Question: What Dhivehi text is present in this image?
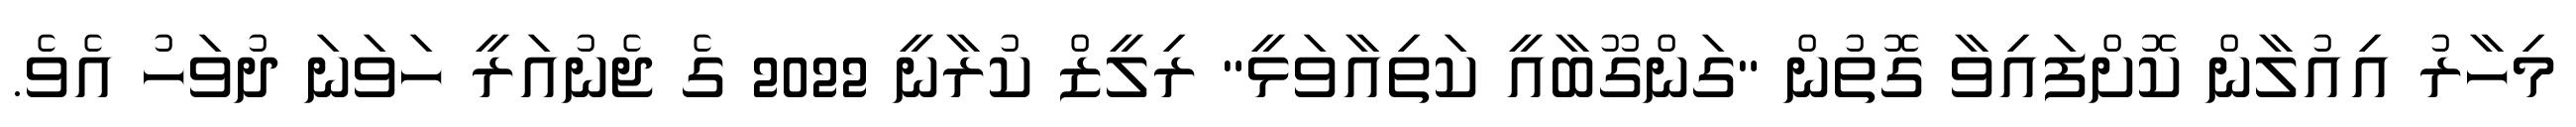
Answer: މިހާރު އިއުލާން ކޮށްފައިވާ ގޮތުން "ގަންގޫބާއީ ކަތިއާވަޅީ" ރިލީޒް ކުރާނީ 2022 ގެ ޖެނުއަރީ ހަވަނަ ދުވަހު އެވެ.